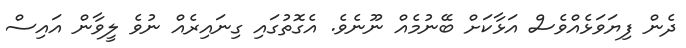
ދެން ފިޔަވަޅެއްވެސް އަޅާކަށް ބޭނުމެއް ނޫނެވެ. އެގޮތުގައި ގިނައިރެއް ނުވެ ލީވާން އައިސް